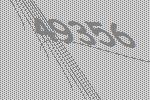
49356